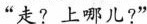
“走?上哪儿?”